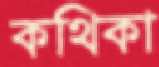
কথিকা